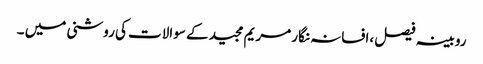
روبینہ فیصل ،افسانہ نگار مریم مجید کے سوالات کی روشنی میں ۔